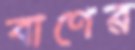
বাণের